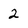
Character: 2